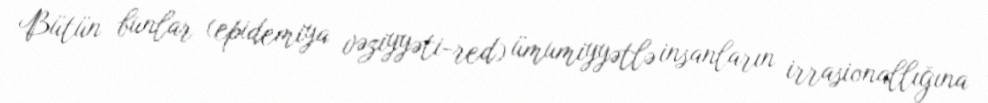
Bütün bunlar (epidemiya vəziyyəti-red) ümumiyyətlə insanların irrasionallığına